system: You are a helpful assistant.
user:
Analyze the provided spectrum to determine if it is a **M-type Giant (gM)**.

A M-type Giant spectrum is defined by its **strong molecular absorption** features, particularly from **Titanium Oxide (TiO)**. You must check for one of the following mutually exclusive signatures:

- **Key Visual Indicators (Absorption-Dominated Spectrum):**

    - **(Primary):** The spectrum is dominated by strong molecular absorption from **Titanium Oxide (TiO)**. This is the **defining feature** of its M-type temperature class.
        - **(Key Bandheads):** Look for sharp, "saw-tooth" absorption valleys. The strongest are located near **~7050 Å**, **~6160 Å**, and **~5170 Å**.
        - **(Line Profile):** The "saw-tooth" morphology is critical: a **sharp, steep drop on the BLUE (short-wavelength) side** of the bandhead, followed by a gradual recovery (rising flux) towards the RED (long-wavelength) side.

    - **(Key Confirmation - Giant vs. Dwarf):** **ABSENCE** of strong **Calcium Hydride (CaH)** molecular bands. This is the primary diagnostic for *excluding* M-dwarfs.
        - **(Key Region):** The spectrum should lack the strong, broad absorption band seen in dwarfs between **~6800 Å and ~7000 Å**.

    - **(Secondary Confirmation - Giant):** A very strong and broad **Neutral Calcium (Ca I)** atomic absorption line.
        - **(Key Line):** Located at **~4226 Å**. In a giant (gM), this line is significantly deeper and broader than the same line in an M-dwarf (dM) due to low surface gravity.

    - **(Overall Spectrum):**
        - The continuum is **extremely red-sloping** (i.e., flux is very low in the blue and rises dramatically towards the red).
        - The entire spectrum appears "chopped up" by the deep TiO bands.

Think first, call **spectral_visualization_tool** if needed to examine features in detail, then provide your final answer. Your response must adhere to the following strict rules:
1.  **Overall Structure:** Your response must follow the format `<think>...</think> <tool_call>...</tool_call> (if a tool is used) <answer>...</answer>`.
2.  **Tool Usage Constraint:** You may only make **one** tool call per turn.
3.  **Final Answer Format:** In the `<answer>` tag, your conclusion must be inside a `\boxed{}` command (e.g., `\boxed{YES}` or `\boxed{NO}`), followed by your justification.

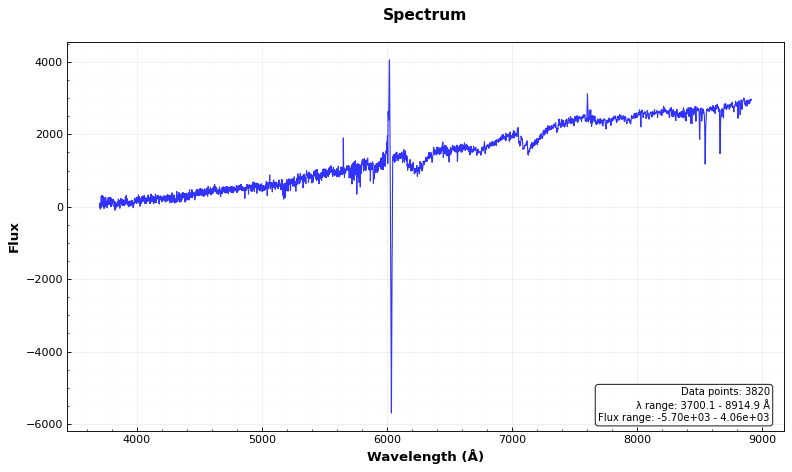
Answer: NO